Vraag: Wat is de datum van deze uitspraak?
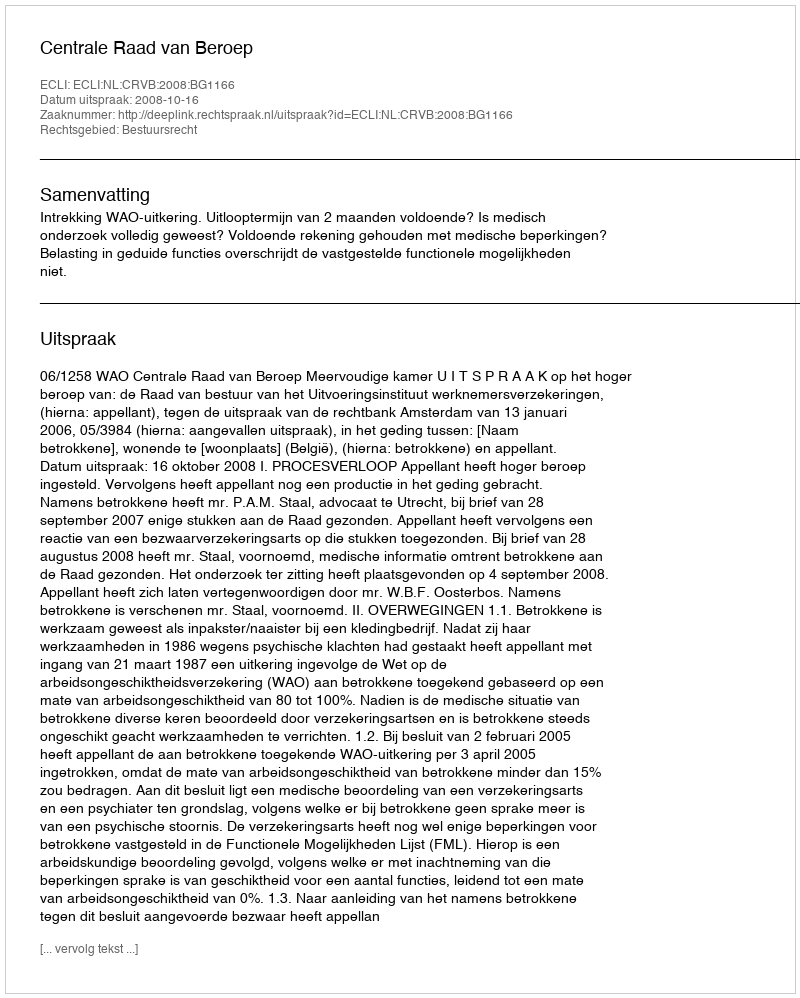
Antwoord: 2008-10-16